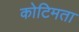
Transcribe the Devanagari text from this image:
कोटिमता